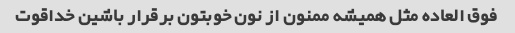
فوق العاده مثل همیشه ممنون از نون خوبتون برقرار باشین خداقوت